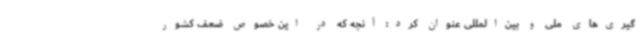
‌گیری‌های ملی و بین‌المللی عنوان کرد: آنچه که در این خصوص ضعف کشور